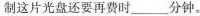
制这片光盘还要再费时___分钟。